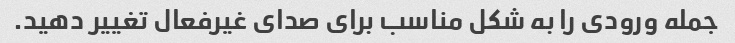
جمله ورودی را به شکل مناسب برای صدای غیرفعال تغییر دهید.